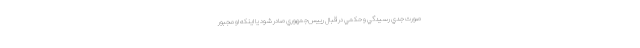
صورت جدي رسيدگي و حكمي در قبال رييس‌جمهوري صادر شود يا اينكه او مجبور